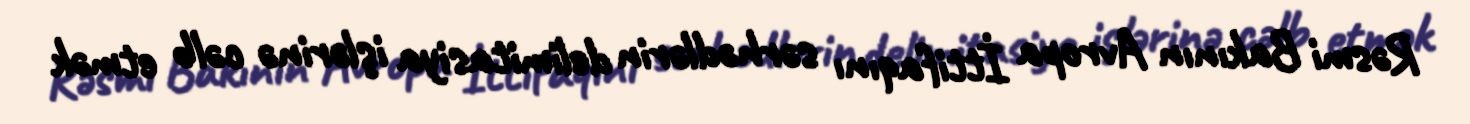
Rəsmi Bakının Avropa İttifaqını sərhədlərin delimitasiya işlərinə cəlb etmək